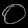
Digit: ၀